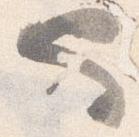
也